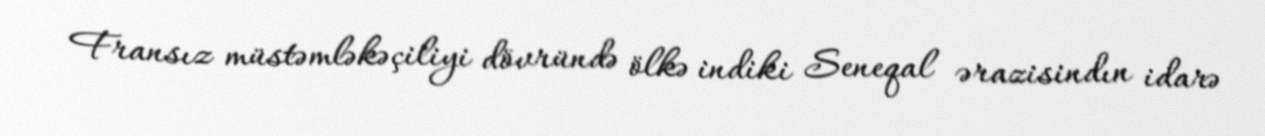
Fransız müstəmləkəçiliyi dövründə ölkə indiki Seneqal ərazisindın idarə